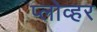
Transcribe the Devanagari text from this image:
प्लोव्हर